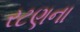
રટણના